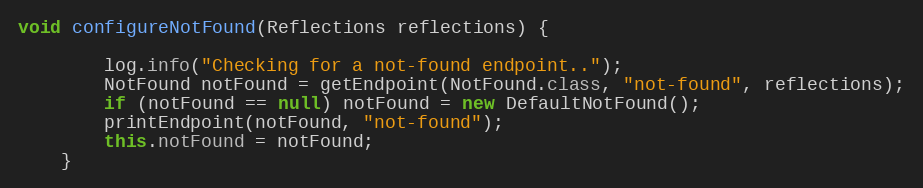
Language: Java
void configureNotFound(Reflections reflections) {

        log.info("Checking for a not-found endpoint..");
        NotFound notFound = getEndpoint(NotFound.class, "not-found", reflections);
        if (notFound == null) notFound = new DefaultNotFound();
        printEndpoint(notFound, "not-found");
        this.notFound = notFound;
    }